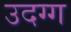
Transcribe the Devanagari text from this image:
उदग्ग